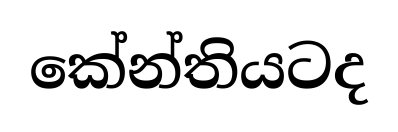
කේන්තියටද